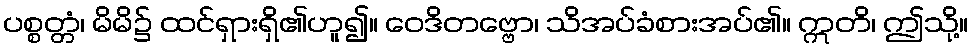
ပစ္စတ္တံ၊ မိမိ၌ ထင်ရှားရှိ၏ဟူ၍။ ဝေဒိတဗ္ဗော၊ သိအပ်ခံစားအပ်၏။ ဣတိ၊ ဤသို့။